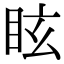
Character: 眩